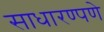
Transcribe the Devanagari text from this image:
साधारण्पणे